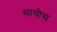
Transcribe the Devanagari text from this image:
साथीस